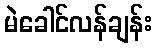
မဲခေါင်လန်ချန်း